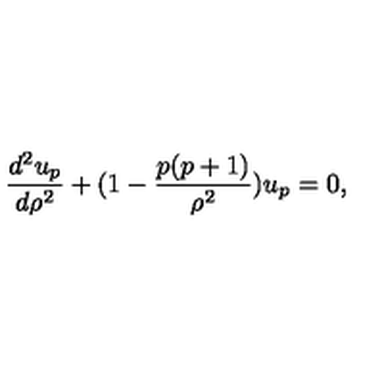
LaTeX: { \frac { d ^ { 2 } u _ { p } } { d \rho ^ { 2 } } } + ( 1 - { \frac { p ( p + 1 ) } { \rho ^ { 2 } } } ) u _ { p } = 0 ,